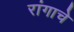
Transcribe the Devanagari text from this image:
रांगाचे